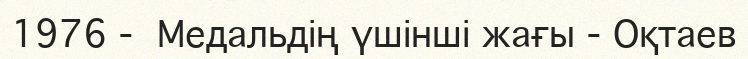
1976 -  Медальдің үшінші жағы - Оқтаев